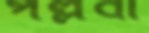
পল্লবী